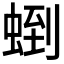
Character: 𧌼